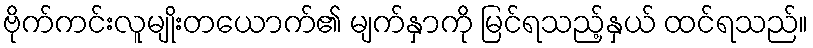
ဗိုက်ကင်းလူမျိုးတယောက်၏ မျက်နှာကို မြင်ရသည့်နှယ် ထင်ရသည်။